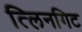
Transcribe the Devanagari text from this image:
त्लिनगिट